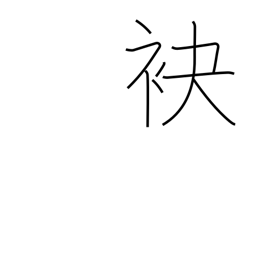
Meaning: foot (of hill)